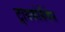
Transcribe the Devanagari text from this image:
ट्रायकोसँथेस